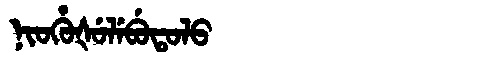
Manchu: ᠨᡳᠣᡥᡠᡧᡠᠯᡝᠪᡠᡨᠣᠯᠣ
Romanization: NIOHUŠULEBUTOLO